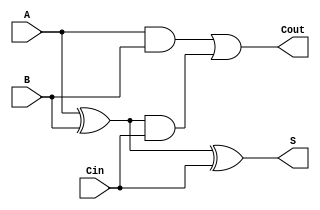
module fullAdder(A,B,Cin,S,Cout);
	input A,B,Cin;
	output S,Cout;
	assign S = A^B^Cin;
	assign Cout = A&B | (A^B)&Cin;
endmodule